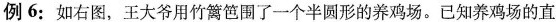
例6：如右图，王大爷用竹篱笆围了一个半圆形的养鸡场。已知养鸡场的直